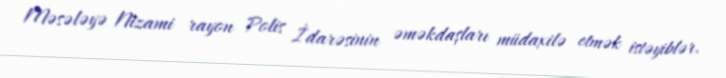
Məsələyə Nizami rayon Polis İdarəsinin əməkdaşları müdaxilə etmək istəyiblər.